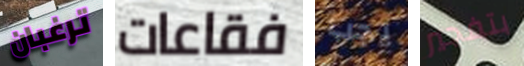
ترغبان فقاعات يجب بتفجير